Source: Handwritten
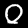
Digit: ၀ (0)